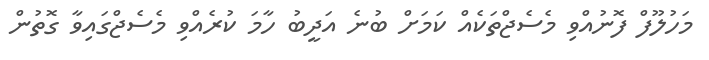
މަހުލޫފް ފޮނުއްވި މެސެޖްތަކެއް ކަމަށް ބުނެ އަދީބު ހާމަ ކުރެއްވި މެސެޖްގައިވާ ގޮތުން